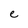
Character: e